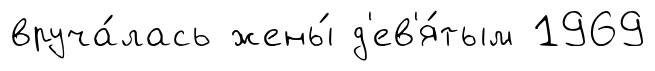
вруча́лась жены́ д'ев'я́тым 1969